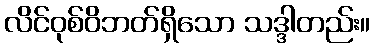
လိင်ဝုစ်ဝိဘတ်ရှိသော သဒ္ဒါတည်း။